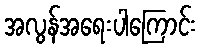
အလွန်အရေးပါကြောင်း